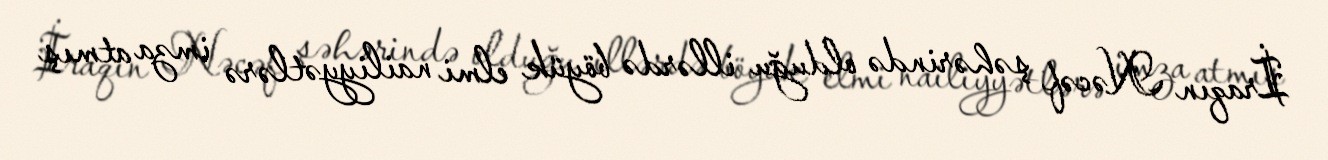
İraqın Nəcəf şəhərində olduğu illərdə böyük elmi nailiyyətlərə imza atmış